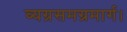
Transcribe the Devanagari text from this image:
व्यग्रसमग्रमार्ग।